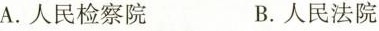
A.人民检察院 B.人民法院